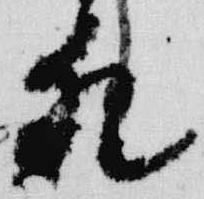
猶